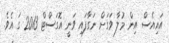
އައިއެސް އިން މުލާ ވަގަށް ނަގާފައި ވަނީ އޮގަސްޓް 2013 ގަ އެވެ.